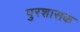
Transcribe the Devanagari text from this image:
पुरशासक